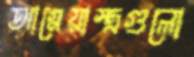
আগ্নেয়াস্ত্রগুলো